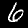
Digit: 6